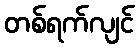
တစ်ရက်လျင်